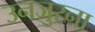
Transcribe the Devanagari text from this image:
उनजुरना